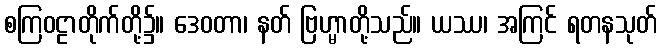
စကြဝဠာတိုက်တို့၌။ ဒေဝတာ၊ နတ် ဗြဟ္မာတို့သည်။ ယဿ၊ အကြင် ရတနသုတ်